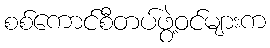
စစ်ကောင်စီတပ်ဖွဲ့ဝင်များက